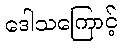
ဒေါသကြောင့်